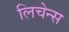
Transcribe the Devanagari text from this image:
लिचेन्स